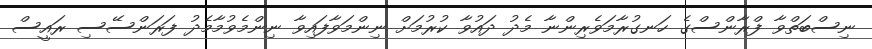
ނިސްބަތްވާ ފްރާންސްގެ ހަނގުރާމަވެރިންނާ މެދު ދައުވާ ކުުރުމަށް ނިންމަވާފައިވާ ނިންމެވުމާމެދު ފަރަންސޭސި ރައީސް